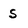
Character: s